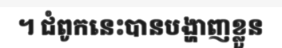
។ ជំពូកនេះបានបង្ហាញខ្លួន